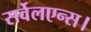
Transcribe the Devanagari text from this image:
सर्वेलएन्स।